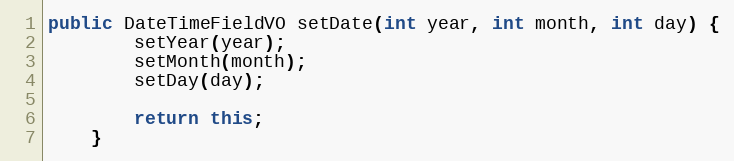
Language: Java
public DateTimeFieldVO setDate(int year, int month, int day) {
		setYear(year);
		setMonth(month);
		setDay(day);

		return this;
	}